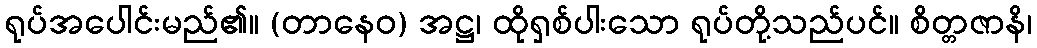
ရုပ်အပေါင်းမည်၏။ (တာနေဝ) အဋ္ဌ၊ ထိုရှစ်ပါးသော ရုပ်တို့သည်ပင်။ စိတ္တဇာနိ၊